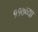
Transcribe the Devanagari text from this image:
११७व्या